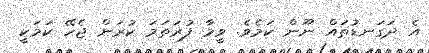
އެ ދަގަނޑުތައް ނޫން ކަމެވެ. ވީމާ ފުރަތަމަ ކުރަން ޖެހޭ ކަމަކީ